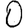
Digit: 0